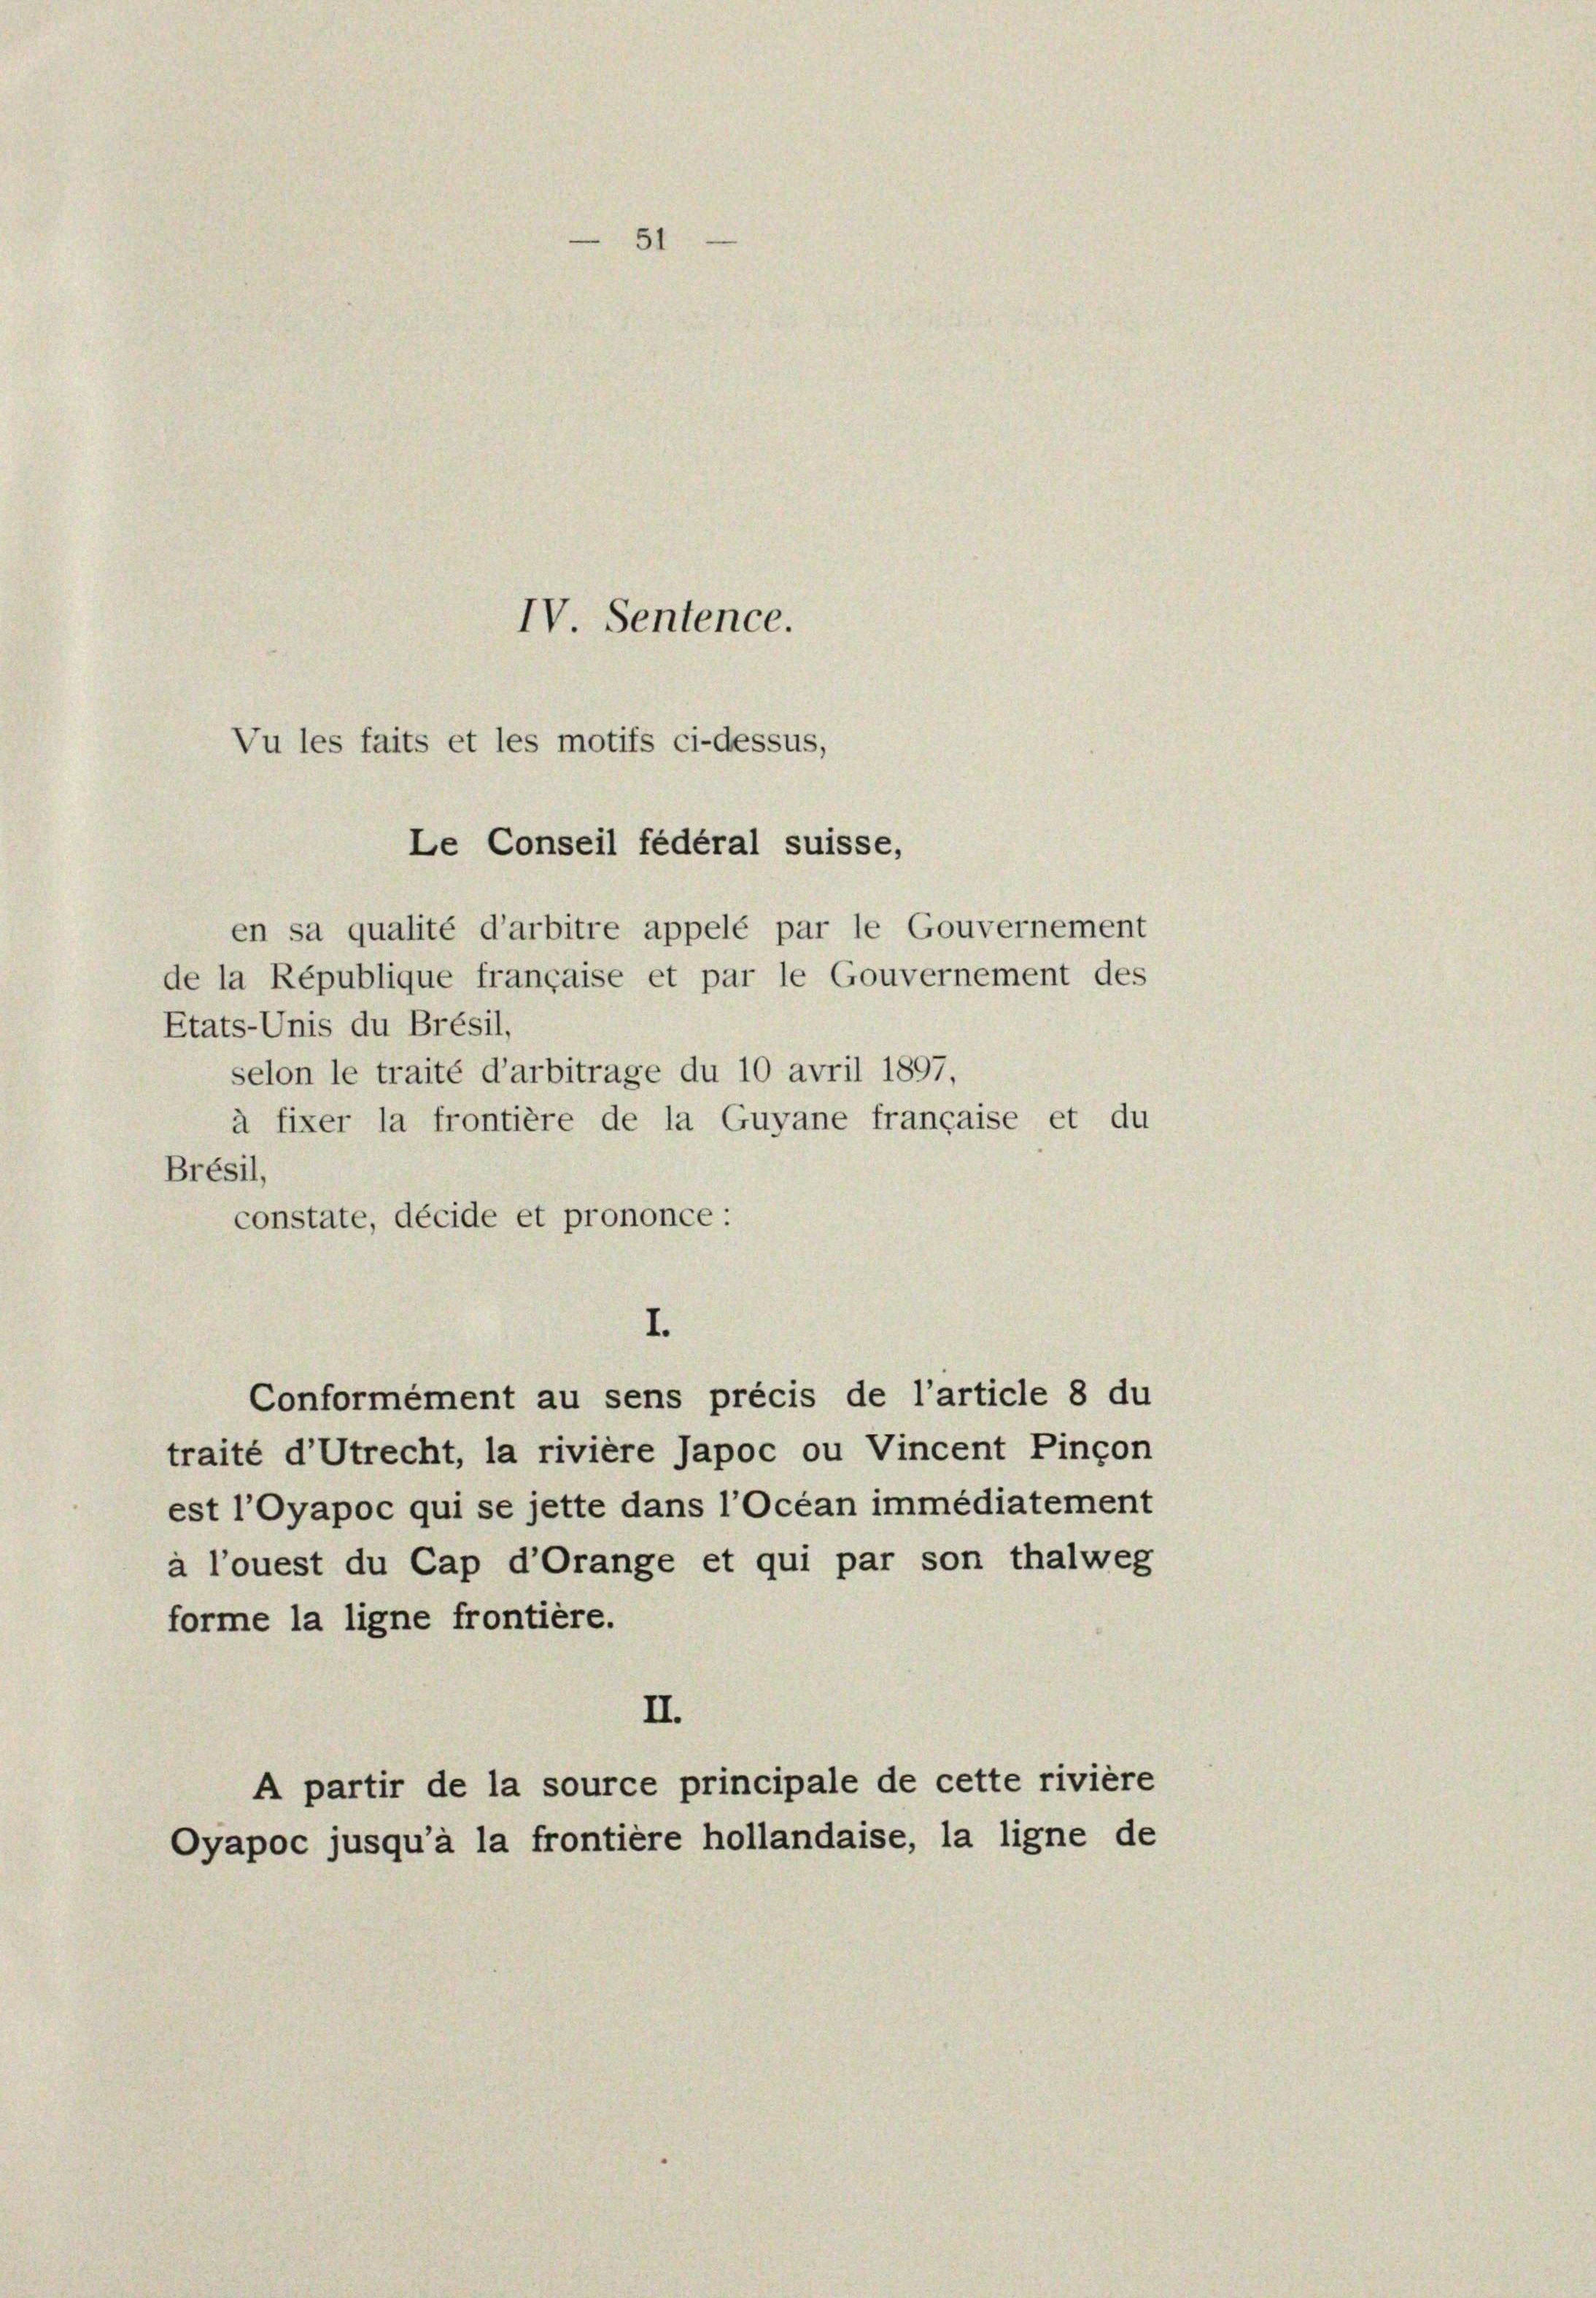
Vu les faits et les motifs ci-dessus,
Le Conseil fédéral suisse,

51
IV. Sentence.

en sa qualité d’arbitre appelé par le Gouvernement
de la République française et par le Gouvernement des
Etats-Unis du Brésil,
selon le traité d’arbitrage du 10 avril 1897,
à fixer la frontière de la Guyane française et du
Brésil,
constate, décide et prononce:
Conformément au sens précis de l’article 8 du
traité d’Utrecht, la rivière Japoc ou Vincent Pincon
est l’Oyapoc qui se jette dans l’Ocean immédiatement
à l’ouest du Cap d’Orange et qui par son thalweg
forme la ligne frontière.
II.
A partir de la source principale de cette rivière
Oyapoc jusqu’à la frontière hollandaise, la ligne de

I.